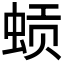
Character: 𬠈